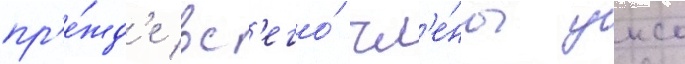
пр'е́жд'е вс'его́ чл'е́ны унсо